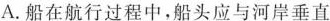
A.船在航行过程中，船头应与河岸垂直